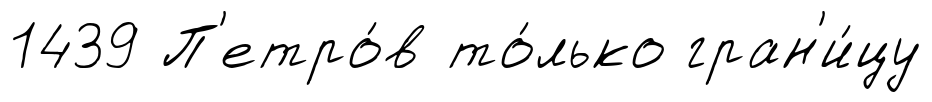
1439 П'етро́в то́лько гран'и́цу